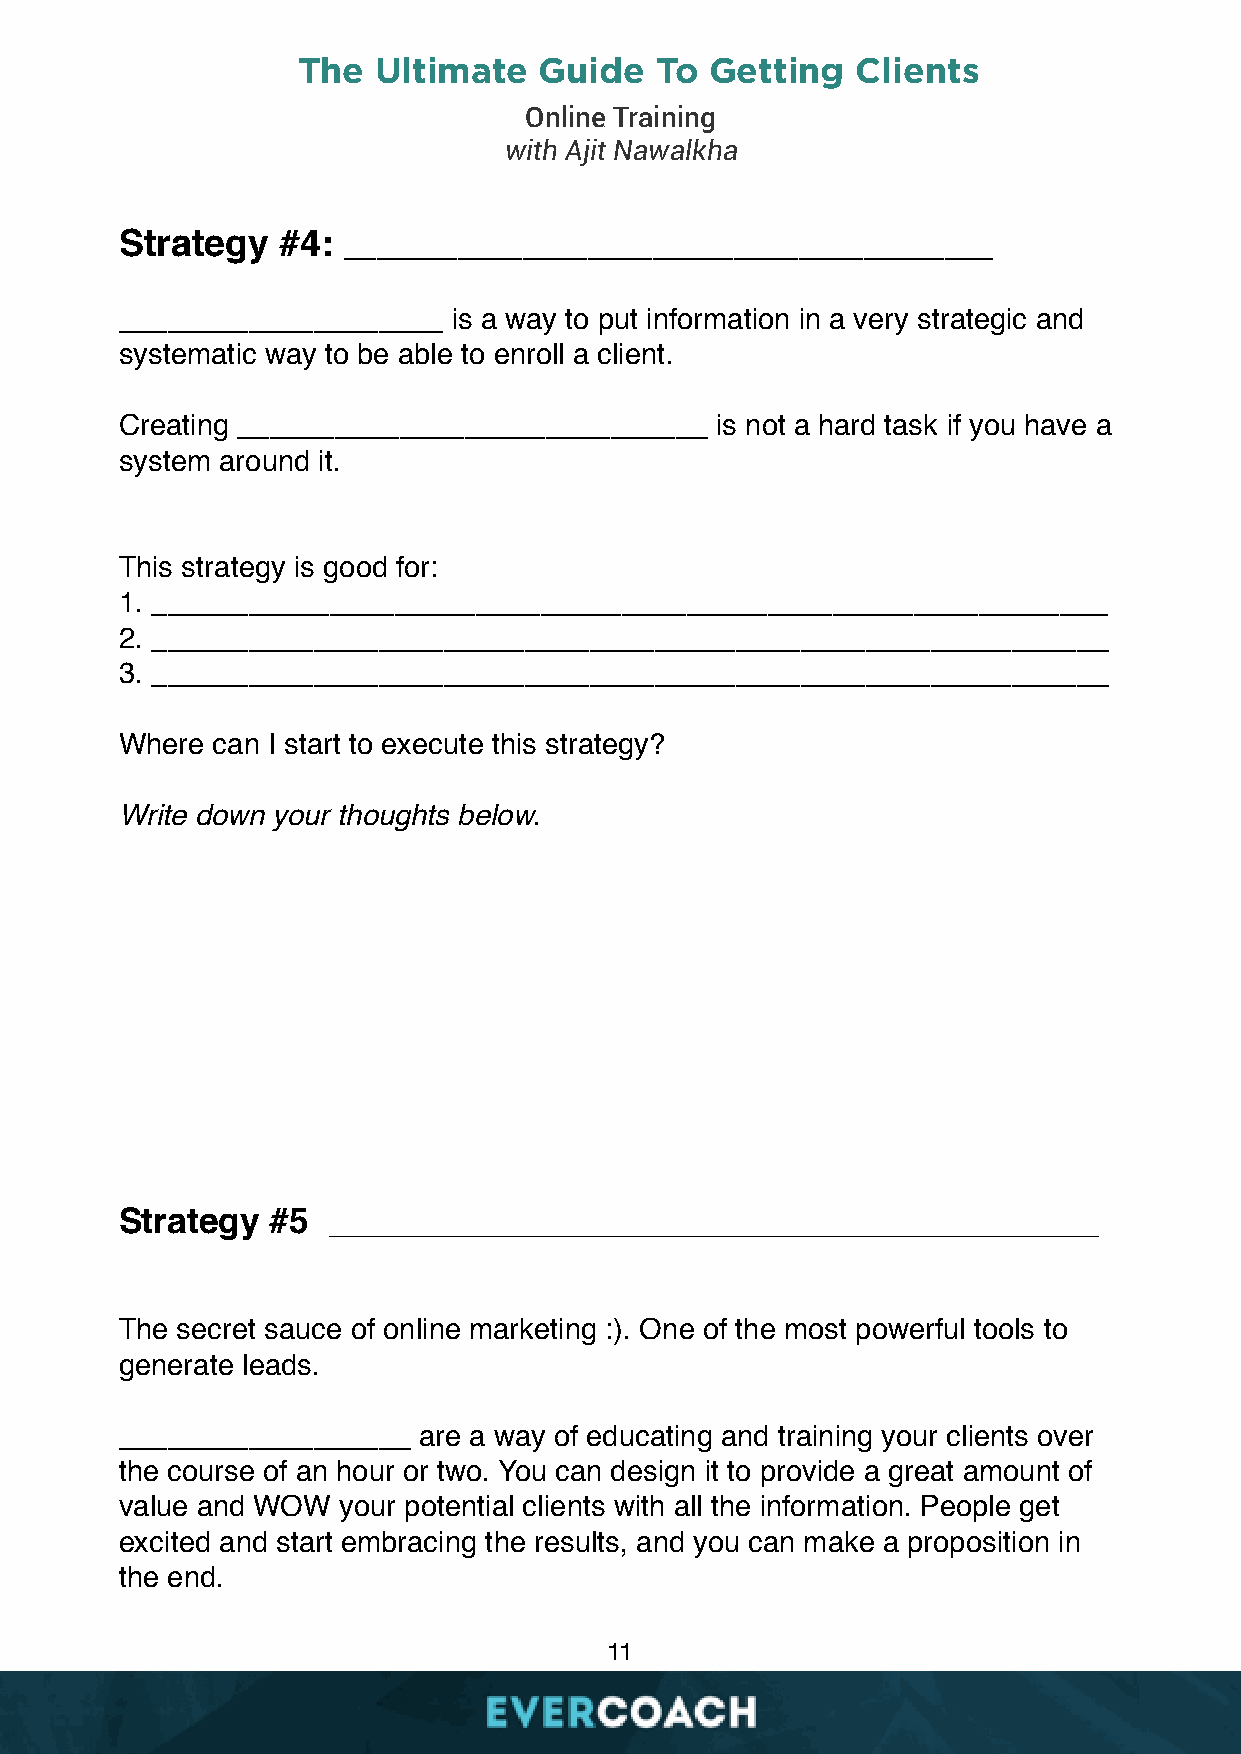
The  Ultimate   Guide  To  Getting   Clients
 Online Training
 with Ajit Nawalkha
 Strategy  #4:
 ________________________________________
 ____________________  is a way to put information in a very strategic and
 systematic way to be able to enroll a client.
 Creating _____________________________ is not a hard task if you have a
 system around it.
 This strategy is good for:
 1. ___________________________________________________________
 2. ___________________________________________________________
 3. ___________________________________________________________
 Where can I start to execute this strategy?
 Write down your thoughts below.
 Strategy  #5  _______________________________________
 The secret sauce of online marketing :). One of the most powerful tools to
 generate leads.
 __________________  are a way of educating and training your clients over
 the course of an hour or two. You can design it to provide a great amount of
 value and WOW your potential clients with all the information. People get
 excited and start embracing the results, and you can make a proposition in
 the end.
 11